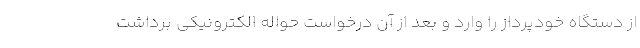
از دستگاه خودپرداز را وارد و بعد از آن درخواست حواله الکترونیکی برداشت